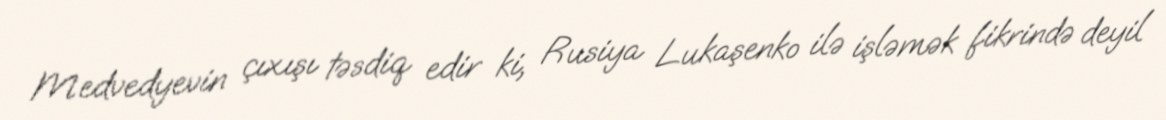
Medvedyevin çıxışı təsdiq edir ki, Rusiya Lukaşenko ilə işləmək fikrində deyil